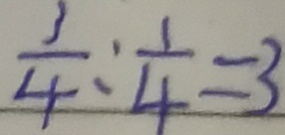
\frac { 3 } { 4 } : \frac { 1 } { 4 } = 3